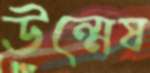
উন্মেষ